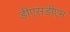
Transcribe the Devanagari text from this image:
डीएसडीएम